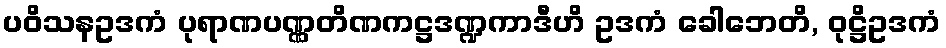
ပဝိသနဥဒကံ ပုရာဏပဏ္ဏတိဏကဋ္ဌဒဏ္ဍကာဒီဟိ ဥဒကံ ခေါဘေတိ, ဝုဋ္ဌိဥဒကံ